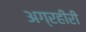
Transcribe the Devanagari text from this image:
अग्रहीरी